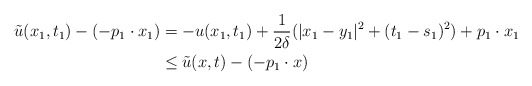
\begin{align*}\tilde{u}(x_{1}, t_{1})-(-p_{1}\cdot x_{1})&=-u(x_{1}, t_{1})+\frac{1}{2\delta}(|x_{1}-y_{1}|^{2}+(t_{1}-s_{1})^{2})+p_{1}\cdot x_{1}\\&\leq \tilde{u}(x,t)-(-p_{1}\cdot x)\end{align*}